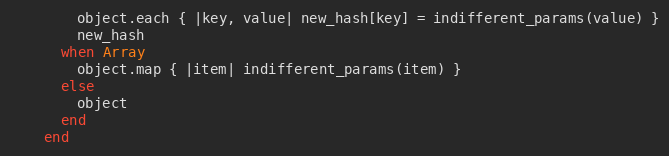
Language: Ruby
        object.each { |key, value| new_hash[key] = indifferent_params(value) }
        new_hash
      when Array
        object.map { |item| indifferent_params(item) }
      else
        object
      end
    end